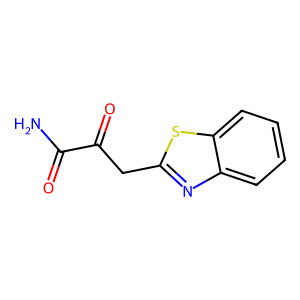
SMILES: NC(=O)C(=O)Cc1nc2ccccc2s1
Inhibits HIV replication: No